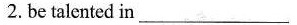
2.be talented in___